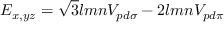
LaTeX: E _ { x , y z } = { \sqrt { 3 } } l m n V _ { p d \sigma } - 2 l m n V _ { p d \pi }